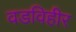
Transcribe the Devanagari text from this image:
वडविहीर